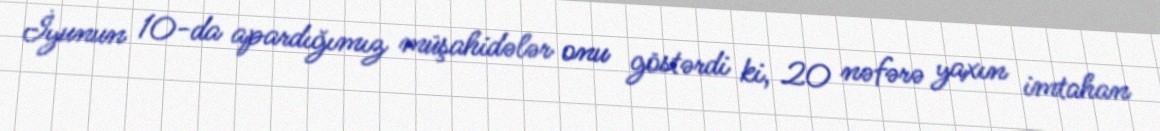
İyunun 10-da apardığımız müşahidələr onu göstərdi ki, 20 nəfərə yaxın imtahan